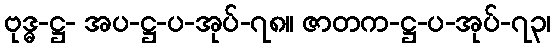
ဗုဒ္ဓ-ဋ္ဌ- အပ-ဋ္ဌ-ပ-အုပ်-၇၈။ ဇာတက-ဋ္ဌ-ပ-အုပ်-၇၃၊